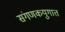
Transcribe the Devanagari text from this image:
संगणकयुगात